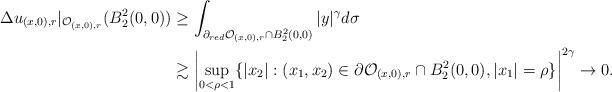
LaTeX: \begin{align*} \Delta u_{(x, 0), r}|_{\mathcal{O}_{(x,0), r}}(B_2^2(0,0)) & \ge \int_{\partial_{red} \mathcal{O}_{(x,0), r} \cap B_2^2(0,0)} |y|^{\gamma}d\sigma \\ & \gtrsim \left|\sup_{0< \rho< 1}\{|x_2|: (x_1, x_2) \in \partial \mathcal{O}_{(x, 0), r} \cap B_2^2(0, 0), |x_1|=\rho \}\right|^{2\gamma} \rightarrow 0.\end{align*}